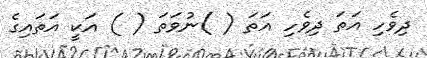
ދިވެހި އަތަ ދިވެހި އަތަ ( )ނުވަތަ ( ) އަކީ އަތައިގެ